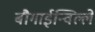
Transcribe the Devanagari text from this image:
बौगाईन्विल्ले